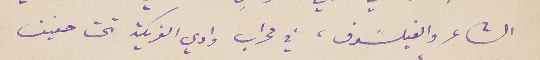
الشاعر والفيلسًوف، في محراب وادي الفريكة تحت حفيف